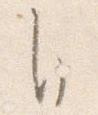
自